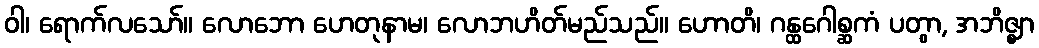
ဝါ၊ ရောက်လသော်။ လောဘော ဟေတုနာမ၊ လောဘဟိတ်မည်သည်။ ဟောတိ၊ ဂန္ထဂေါစ္ဆကံ ပတွာ, အဘိဇ္ဈာ